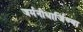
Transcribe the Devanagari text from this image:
जर्मनीधार्जिण्या